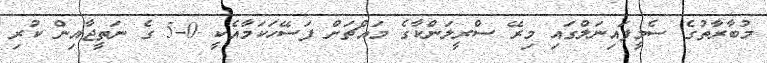
މުބާރާތުގެ ސެމީފައިނަލްގައި މިރޭ ސްރީލަންކާގެ މައްޗަށް ފަސޭހަކަމާއެކީ 0-5 ގެ ނަތީޖާއިން ކުރި